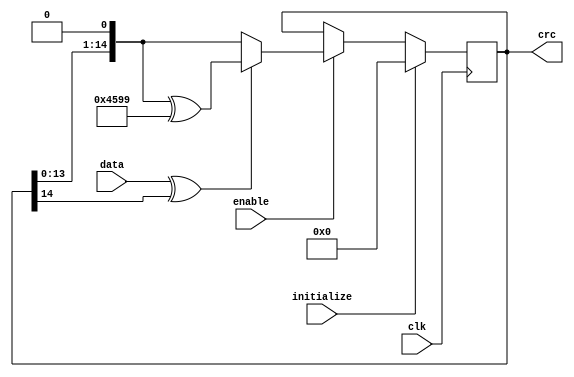


// synopsys translate_off
//`include "timescale.v"
// synopsys translate_on
`timescale 1ns / 1ps

module can_crc (clk, data, enable, initialize, crc);


parameter Tp = 1;

input         clk;
input         data;
input         enable;
input         initialize;

output [14:0] crc;

reg    [14:0] crc;

wire          crc_next;
wire   [14:0] crc_tmp;


assign crc_next = data ^ crc[14];
assign crc_tmp = {crc[13:0], 1'b0};

always @ (posedge clk)
begin
  if(initialize)
    crc <= #Tp 15'h0;
  else if (enable)
    begin
      if (crc_next)
        crc <= #Tp crc_tmp ^ 15'h4599;
      else
        crc <= #Tp crc_tmp;
    end    
end


endmodule